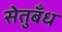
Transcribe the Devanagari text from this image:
सेतुबँध